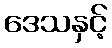
ဒေသနှင့်